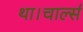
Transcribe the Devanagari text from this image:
था।चार्ल्स